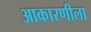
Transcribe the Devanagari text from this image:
आकारणीला